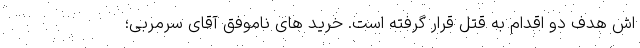
اش هدف دو اقدام به قتل قرار گرفته است. خرید های ناموفق آقای سرمربی؛‌